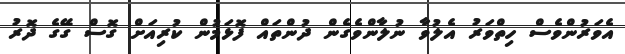
އެވަރުންވެސް ހިތްވަރު އެލުވާ ނުލާންވެގެން ދުންތައް ފޮޅަމުން ކުރިއަށް ގޮސް ގޭގެ ދޮރު